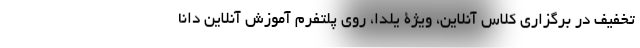
تخفیف در برگزاری کلاس آنلاین، ویژۀ یلدا، روی پلتفرم آموزش آنلاین دانا